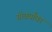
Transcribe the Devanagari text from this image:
गोवर्यांवर